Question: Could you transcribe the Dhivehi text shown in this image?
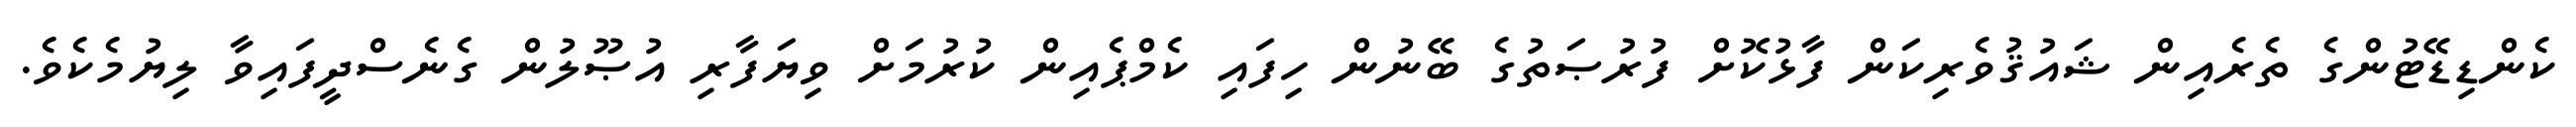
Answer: ކެންޑިޑޭޓުންގެ ތެރެއިން ޝައުޤުވެރިކަން ފާޅުކޮށް ފުރުޞަތުގެ ބޭނުން ހިފައި ކެމްޕެއިން ކުރުމަށް ވިޔަފާރި އުޞޫލުން ގެނެސްދީފައިވާ ލިޔުމެކެވެ.